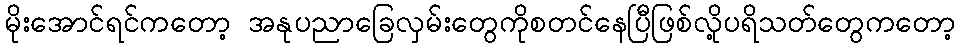
မိုးအောင်ရင်ကတော့ အနုပညာခြေလှမ်းတွေကိုစတင်နေပြီဖြစ်လို့ပရိသတ်တွေကတော့